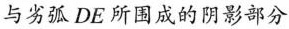
与劣弧DE所围成的阴影部分